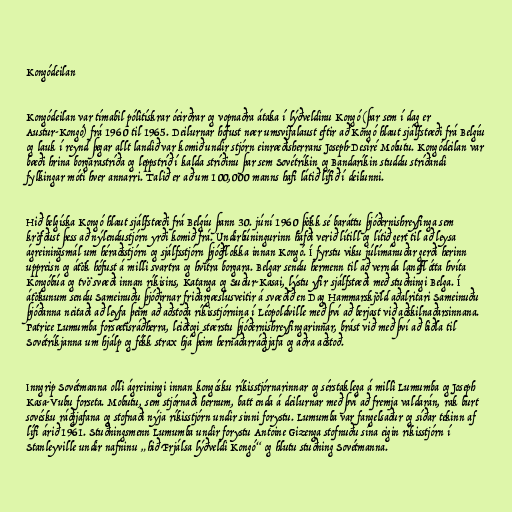
Kongódeilan

Kongódeilan var tímabil pólitískrar óeirðrar og vopnaðra átaka í lýðveldinu Kongó (þar sem í dag er
Austur-Kongó) frá 1960 til 1965. Deilurnar hófust nær umsvifalaust eftir að Kongó hlaut sjálfstæði frá Belgíu
og lauk í reynd þegar allt landið var komið undir stjórn einræðisherrans Joseph-Desiré Mobutu. Kongódeilan var
bæði hrina borgarastríða og leppstríð í kalda stríðinu þar sem Sovétríkin og Bandaríkin studdu stríðandi
fylkingar móti hver annarri. Talið er að um 100,000 manns hafi látið lífið í deilunni.

Hið belgíska Kongó hlaut sjálfstæði frá Belgíu þann 30. júní 1960 þökk sé baráttu þjóðernishreyfinga sem
kröfðust þess að nýlendustjórn yrði komið frá. Undirbúningurinn hafði verið lítill og lítið gert til að leysa
ágreiningsmál um héraðsstjórn og sjálfsstjórn þjóðflokka innan Kongó. Í fyrstu viku júlímánuðar gerði herinn
uppreisn og átök hófust á milli svartra og hvítra borgara. Belgar sendu hermenn til að vernda landflótta hvíta
Kongóbúa og tvö svæði innan ríkisins, Katanga og Suður-Kasai, lýstu yfir sjálfstæði með stuðningi Belga. Í
átökunum sendu Sameinuðu þjóðirnar friðargæslusveitir á svæðið en Dag Hammarskjöld aðalritari Sameinuðu
þjóðanna neitaði að leyfa þeim að aðstoða ríkisstjórnina í Léopoldville með því að berjast við aðskilnaðarsinnana.
Patrice Lumumba forsætisráðherra, leiðtogi stærstu þjóðernishreyfingarinnar, brást við með því að biðla til
Sovétríkjanna um hjálp og fékk strax hjá þeim hernaðarráðgjafa og aðra aðstoð.

Inngrip Sovétmanna olli ágreiningi innan kongósku ríkisstjórnarinnar og sérstaklega á milli Lumumba og Joseph
Kasa-Vubu forseta. Mobutu, sem stjórnaði hernum, batt enda á deilurnar með því að fremja valdarán, rak burt
sovésku ráðgjafana og stofnaði nýja ríkisstjórn undir sinni forystu. Lumumba var fangelsaður og síðar tekinn af
lífi árið 1961. Stuðningsmenn Lumumba undir forystu Antoine Gizenga stofnuðu sína eigin ríkisstjórn í
Stanleyville undir nafninu „hið Frjálsa lýðveldi Kongó“ og hlutu stuðning Sovétmanna.